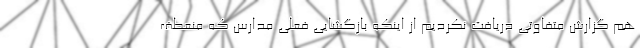
هم گزارش متفاوتی دریافت نکردیم از اینکه بازگشایی فعلی مدارس که منعطف